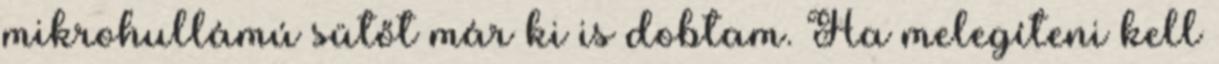
mikrohullámú sütőt már ki is dobtam. Ha melegíteni kell